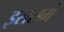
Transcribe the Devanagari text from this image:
इससमे